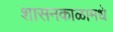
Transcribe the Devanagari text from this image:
शासनकाळामधे